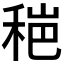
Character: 𰨫